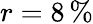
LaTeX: r=8\, \%